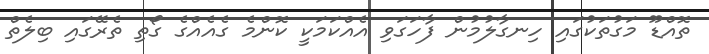
ތޮއްޑޫ މަގުތަކުގައި ހިނގާލުމުން ފާހަގަވި އެއްކަމަކީ ކޮންމެ ގެއެއްގެ ގޯތި ތެރޭގައި ބިލެތް